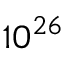
1 0 ^ { 2 6 }